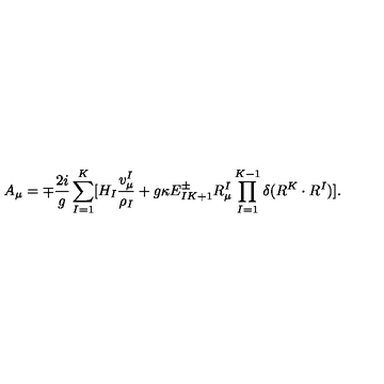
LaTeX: A _ { \mu } = \mp { \frac { 2 i } { g } } \sum _ { I = 1 } ^ { K } [ H _ { I } { \frac { v _ { \mu } ^ { I } } { \rho _ { I } } } + g \kappa E _ { I K + 1 } ^ { \pm } R _ { \mu } ^ { I } \prod _ { I = 1 } ^ { K - 1 } \delta ( R ^ { K } \cdot R ^ { I } ) ] .